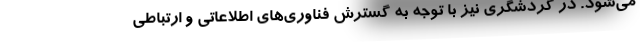
می‌شود. در گردشگری نیز با توجه به گسترش فناوری‌های اطلاعاتی و ارتباطی